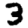
Digit: 3